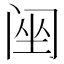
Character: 䦷